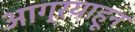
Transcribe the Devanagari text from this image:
आग्ऱयाहून